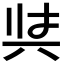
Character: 𭁇